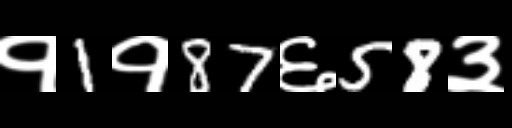
Text: १1१87६58३